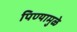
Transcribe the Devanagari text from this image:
पिण्यामुळे